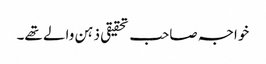
خواجہ صاحب تحقیقی ذہن والے تھے۔